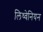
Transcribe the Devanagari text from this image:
लिथ्वेनियन